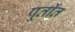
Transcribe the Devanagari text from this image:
पूर्तींत